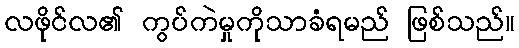
လဖိုင်လ၏ ကွပ်ကဲမှုကိုသာခံရမည် ဖြစ်သည်။